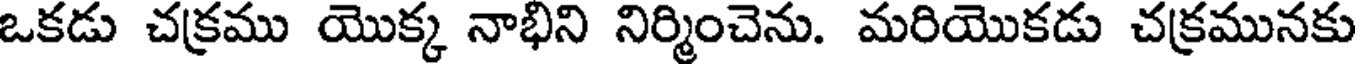
ఒకడు చక్రము యొక్క నాభిని నిర్మించెను. మరియొకడు చక్రమునకు